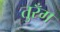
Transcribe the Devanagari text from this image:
तुरँग